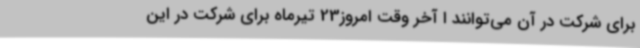
برای شرکت در آن می‌توانند ا آخر وقت امروز23 تیرماه برای شرکت در این